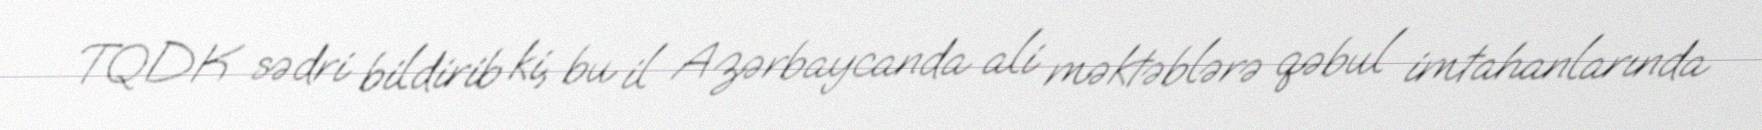
TQDK sədri bildirib ki, bu il Azərbaycanda ali məktəblərə qəbul imtahanlarında